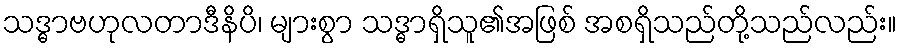
သဒ္ဓာဗဟုလတာဒီနိပိ၊ များစွာ သဒ္ဓာရှိသူ၏အဖြစ် အစရှိသည်တို့သည်လည်း။